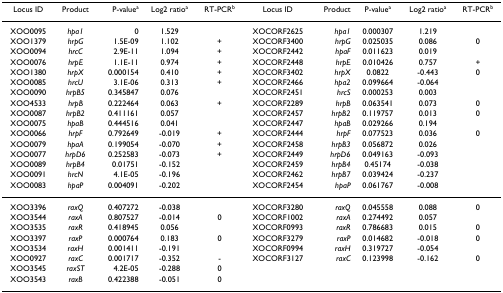
<table><thead><tr><td><b>Locus ID</b></td><td><b>Product</b></td><td><b>P-value<sup>a</sup></b></td><td><b>Log2 ratio<sup>a</sup></b></td><td><b>RT-PCR<sup>b</sup></b></td><td><b>Locus ID</b></td><td><b>Product</b></td><td><b>P-value<sup>a</sup></b></td><td><b>Log2 ratio<sup>a</sup></b></td><td><b>RT-PCR<sup>b</sup></b></td></tr></thead><tbody><tr><td>XOO0095</td><td><i>hpa1</i></td><td>0</td><td>1.529</td><td></td><td>XOCORF2625</td><td><i>hpa1</i></td><td>0.000307</td><td>1.219</td><td></td></tr><tr><td>XOO1379</td><td><i>hrpG</i></td><td>1.5E-09</td><td>1.102</td><td>+</td><td>XOCORF3400</td><td><i>hrpG</i></td><td>0.025035</td><td>0.086</td><td>0</td></tr><tr><td>XOO0094</td><td><i>hrcC</i></td><td>2.9E-11</td><td>1.094</td><td>+</td><td>XOCORF2442</td><td><i>hpaF</i></td><td>0.011623</td><td>0.019</td><td></td></tr><tr><td>XOO0076</td><td><i>hrpE</i></td><td>1.1E-11</td><td>0.974</td><td>+</td><td>XOCORF2448</td><td><i>hrpE</i></td><td>0.010426</td><td>0.757</td><td>+</td></tr><tr><td>XOO1380</td><td><i>hrpX</i></td><td>0.000154</td><td>0.410</td><td>+</td><td>XOCORF3402</td><td><i>hrpX</i></td><td>0.0822</td><td>-0.443</td><td>0</td></tr><tr><td>XOO0085</td><td><i>hrcU</i></td><td>3.1E-06</td><td>0.313</td><td>+</td><td>XOCORF2466</td><td><i>hpa2</i></td><td>0.099664</td><td>-0.064</td><td></td></tr><tr><td>XOO0090</td><td><i>hrpB5</i></td><td>0.345847</td><td>0.076</td><td></td><td>XOCORF2451</td><td><i>hrcS</i></td><td>0.000253</td><td>0.003</td><td></td></tr><tr><td>XOO4533</td><td><i>hrpB</i></td><td>0.222464</td><td>0.063</td><td>+</td><td>XOCORF2289</td><td><i>hrpB</i></td><td>0.063541</td><td>0.073</td><td>0</td></tr><tr><td>XOO0087</td><td><i>hrpB2</i></td><td>0.411161</td><td>0.057</td><td></td><td>XOCORF2457</td><td><i>hrpB2</i></td><td>0.119757</td><td>0.013</td><td>0</td></tr><tr><td>XOO0075</td><td><i>hpaB</i></td><td>0.444516</td><td>0.041</td><td></td><td>XOCORF2447</td><td><i>hpaB</i></td><td>0.029266</td><td>0.194</td><td></td></tr><tr><td>XOO0066</td><td><i>hrpF</i></td><td>0.792649</td><td>-0.019</td><td>+</td><td>XOCORF2444</td><td><i>hrpF</i></td><td>0.077523</td><td>0.036</td><td>0</td></tr><tr><td>XOO0079</td><td><i>hpaA</i></td><td>0.199054</td><td>-0.070</td><td>+</td><td>XOCORF2458</td><td><i>hrpB3</i></td><td>0.056872</td><td>0.026</td><td></td></tr><tr><td>XOO0077</td><td><i>hrpD6</i></td><td>0.252583</td><td>-0.073</td><td>+</td><td>XOCORF2449</td><td><i>hrpD6</i></td><td>0.049163</td><td>-0.093</td><td></td></tr><tr><td>XOO0089</td><td><i>hrpB4</i></td><td>0.01751</td><td>-0.152</td><td></td><td>XOCORF2459</td><td><i>hrpB4</i></td><td>0.45174</td><td>-0.038</td><td></td></tr><tr><td>XOO0091</td><td><i>hrcN</i></td><td>4.1E-05</td><td>-0.196</td><td></td><td>XOCORF2462</td><td><i>hrpB7</i></td><td>0.039424</td><td>-0.237</td><td></td></tr><tr><td>XOO0083</td><td><i>hpaP</i></td><td>0.004091</td><td>-0.202</td><td></td><td>XOCORF2454</td><td><i>hpaP</i></td><td>0.061767</td><td>-0.008</td><td></td></tr><tr><td>XOO3396</td><td><i>raxQ</i></td><td>0.407272</td><td>-0.038</td><td></td><td>XOCORF3280</td><td><i>raxQ</i></td><td>0.045558</td><td>0.088</td><td>0</td></tr><tr><td>XOO3544</td><td><i>raxA</i></td><td>0.807527</td><td>-0.014</td><td>0</td><td>XOCORF1002</td><td><i>raxA</i></td><td>0.274492</td><td>0.057</td><td></td></tr><tr><td>XOO3535</td><td><i>raxR</i></td><td>0.418945</td><td>0.056</td><td></td><td>XOCORF0993</td><td><i>raxR</i></td><td>0.786683</td><td>0.015</td><td>0</td></tr><tr><td>XOO3397</td><td><i>raxP</i></td><td>0.000764</td><td>0.183</td><td>0</td><td>XOCORF3279</td><td><i>raxP</i></td><td>0.014682</td><td>-0.018</td><td>0</td></tr><tr><td>XOO3534</td><td><i>raxH</i></td><td>0.001411</td><td>-0.191</td><td></td><td>XOCORF0994</td><td><i>raxH</i></td><td>0.319727</td><td>-0.054</td><td></td></tr><tr><td>XOO0927</td><td><i>raxC</i></td><td>0.001717</td><td>-0.352</td><td>-</td><td>XOCORF3127</td><td><i>raxC</i></td><td>0.123998</td><td>-0.162</td><td>0</td></tr><tr><td>XOO3545</td><td><i>raxST</i></td><td>4.2E-05</td><td>-0.288</td><td>0</td><td></td><td></td><td></td><td></td><td></td></tr><tr><td>XOO3543</td><td><i>raxB</i></td><td>0.422388</td><td>-0.051</td><td>0</td><td></td><td></td><td></td><td></td><td></td></tr></tbody></table>